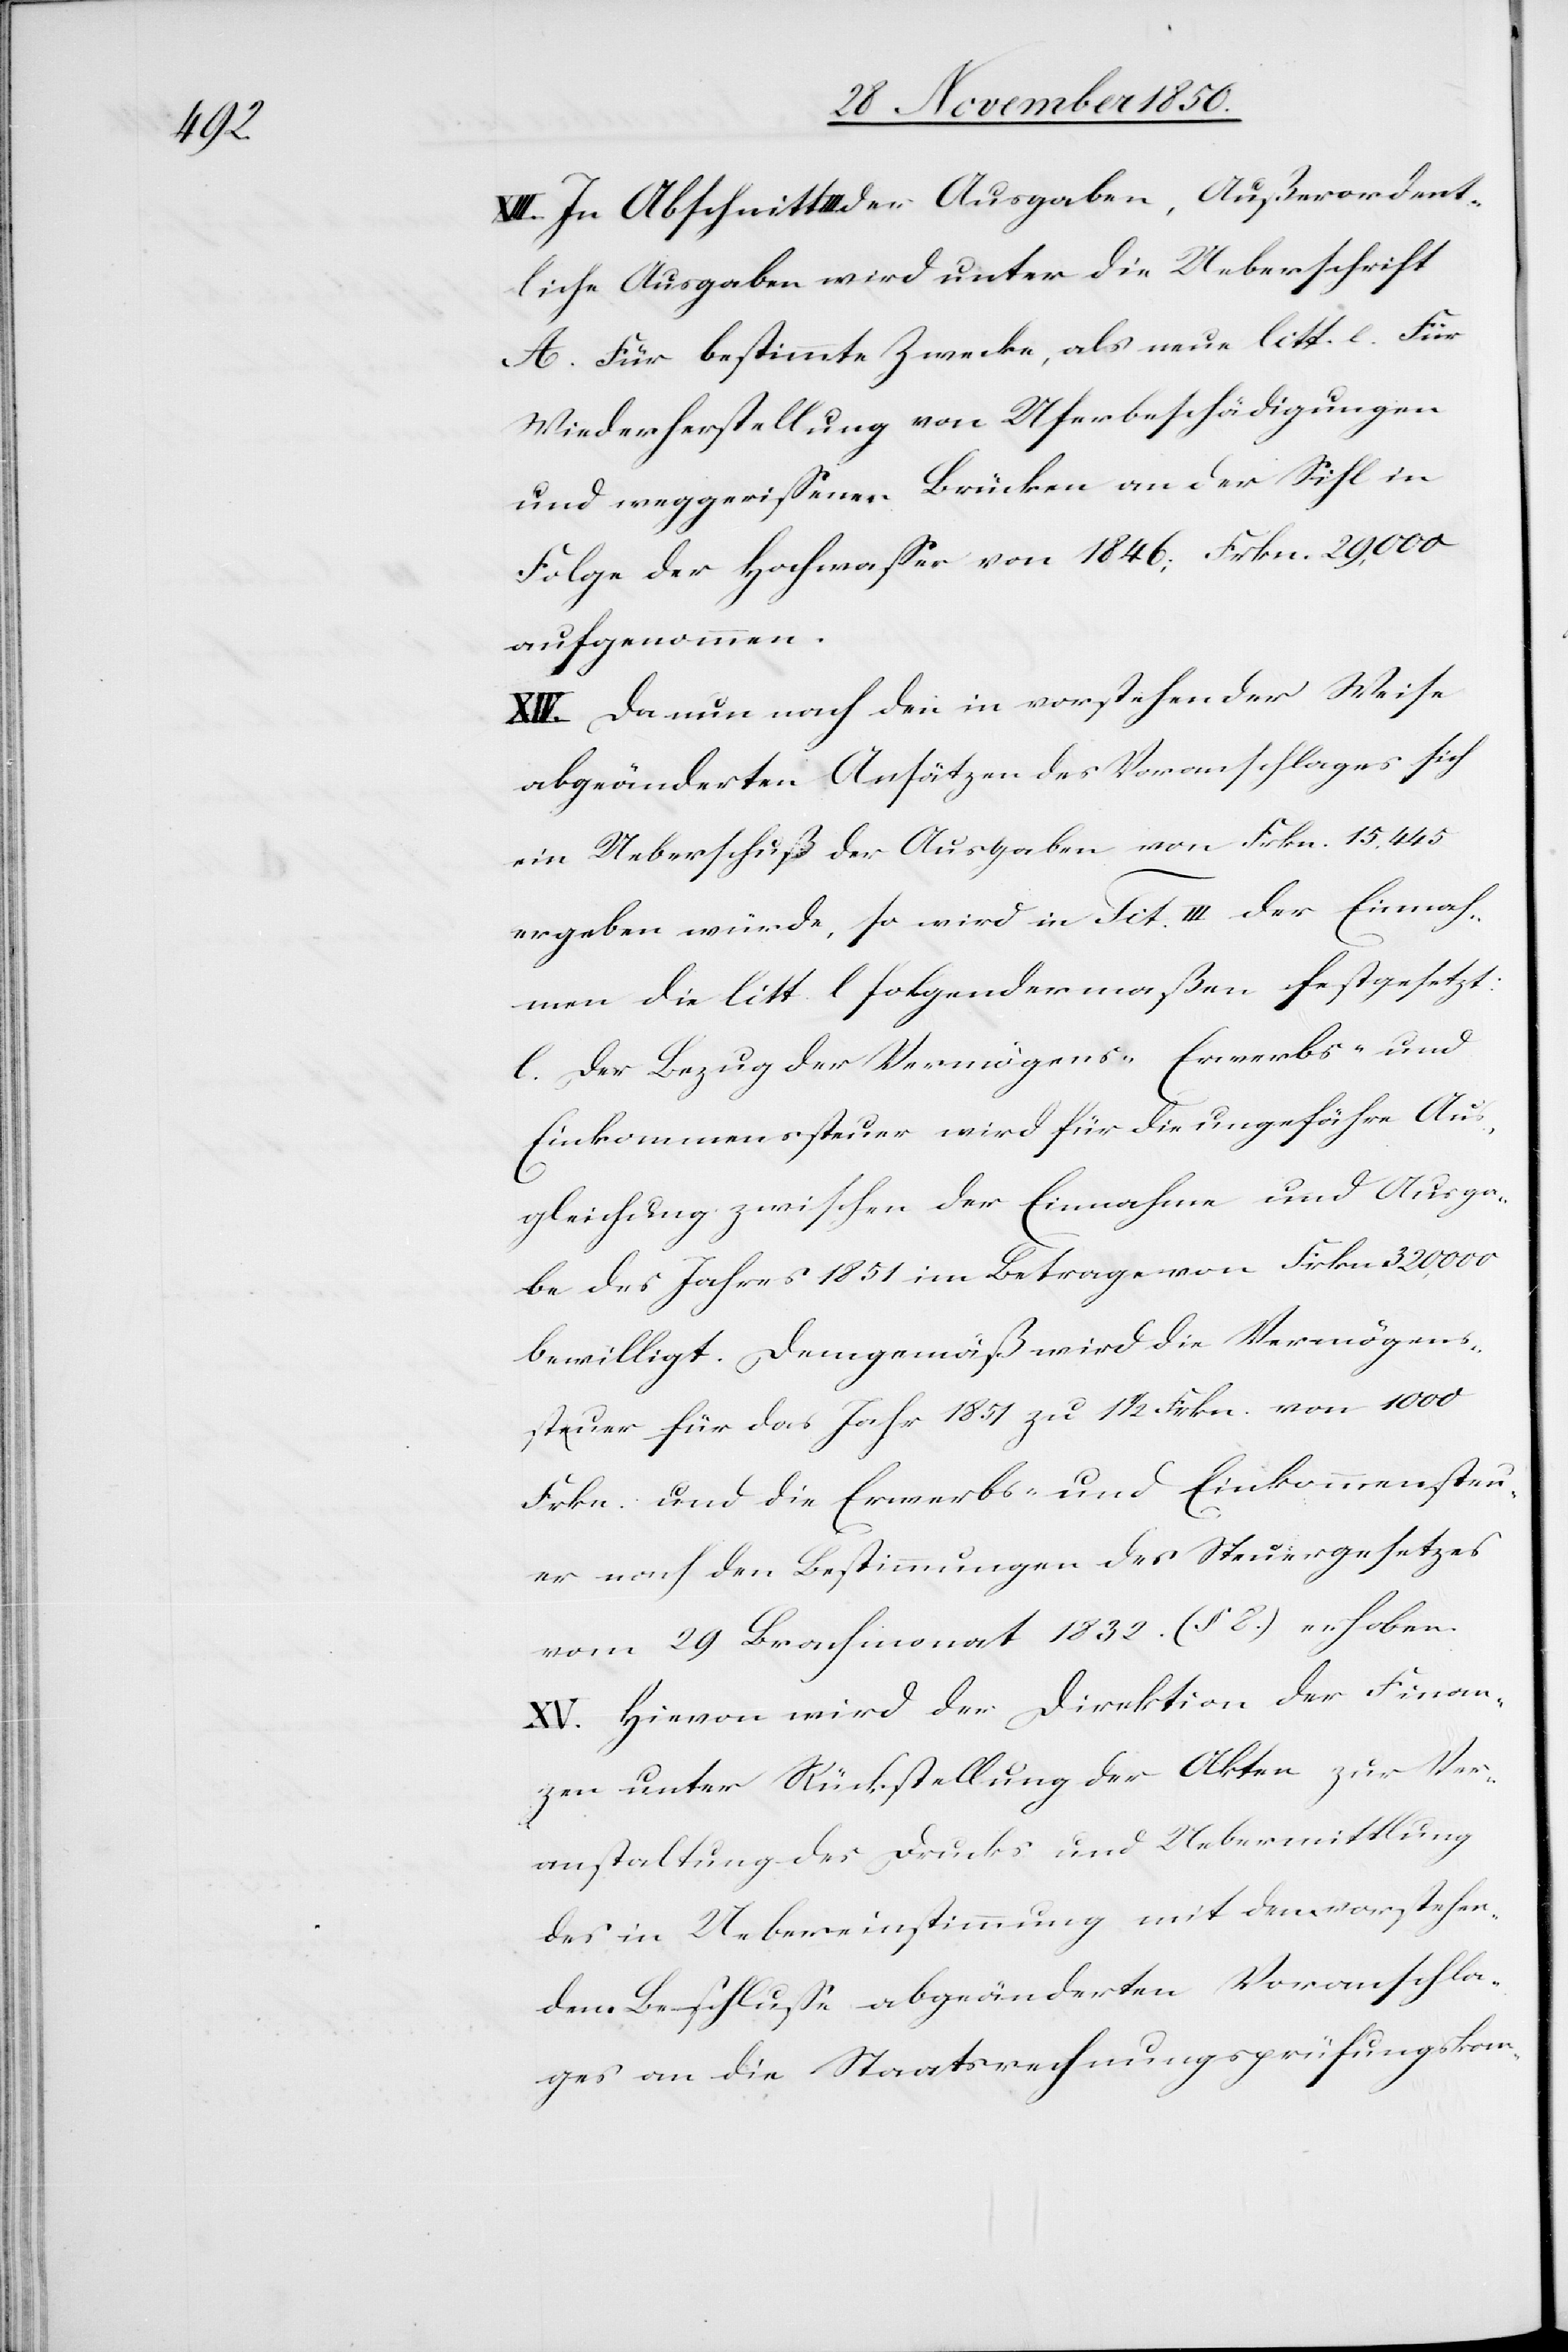
XIII. In Abschnitt III der Ausgaben, Außerordent¬
liche Ausgaben wird unter die Ueberschrift
A. Für bestimmte Zwecke, als neue litt [?c]. Für
Wiederherstellung von Uferbeschädigungen
und weggerissenen Brücken an der Sihl in
Folge der Hochwasser von 1846; Frkn. 29,000
aufgenommen.
XIV. Da nun nach den in vorstehender Weise
abgeänderten Ansätzen des Voranschlages sich
ein Ueberschuß der Ausgaben von Frkn. 15,445
ergeben würde, so wird in Tit. III der Einnah¬
men die litt. l folgendermaßen festgesetzt:
l. Der Bezug der Vermögens- Erwerbs- und
Einkommenssteuer wird für die ungefähre Aus¬
gleichung zwischen der Einnahme und Ausga¬
be des Jahres 1851 im Betrage von Frkn. 320,000
bewilligt. Demgemäß wird die Vermögens¬
steuer für das Jahr 1851 zu 1 1/2 Frkn. von 1000
Frkn. und die Erwerbs- und Einkommenssteu¬
er nach den Bestimmungen des Steuergesetzes
vom 29 Brachmonat 1832. (§ 8.) erhoben.
XV. Hievon wird der Direktion der Finan¬
zen unter Rückstellung der Akten zur Ver¬
anstaltung des Drucks und Uebermittlung
des in Uebereinstimmung mit dem vorstehendem
Beschlusse abgeänderten Voranschla¬
ges an die Staatsrechnungsprüfungskom-